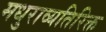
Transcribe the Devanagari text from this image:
मधुराव्यतिरिक्त